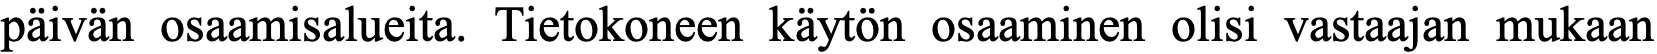
päivän osaamisalueita. Tietokoneen käytön osaaminen olisi vastaajan mukaan